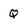
Character: Q